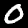
Label: 0